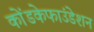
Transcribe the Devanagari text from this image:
कोंडकेफाउंडेशन